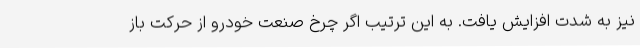
نیز به شدت افزایش یافت. به این ترتیب اگر چرخ صنعت خودرو از حرکت باز